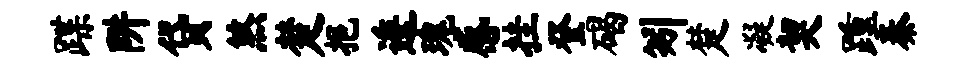
蹀阱贷煞楚挹逶瑰感挂登碣矧楚凝契踵秦